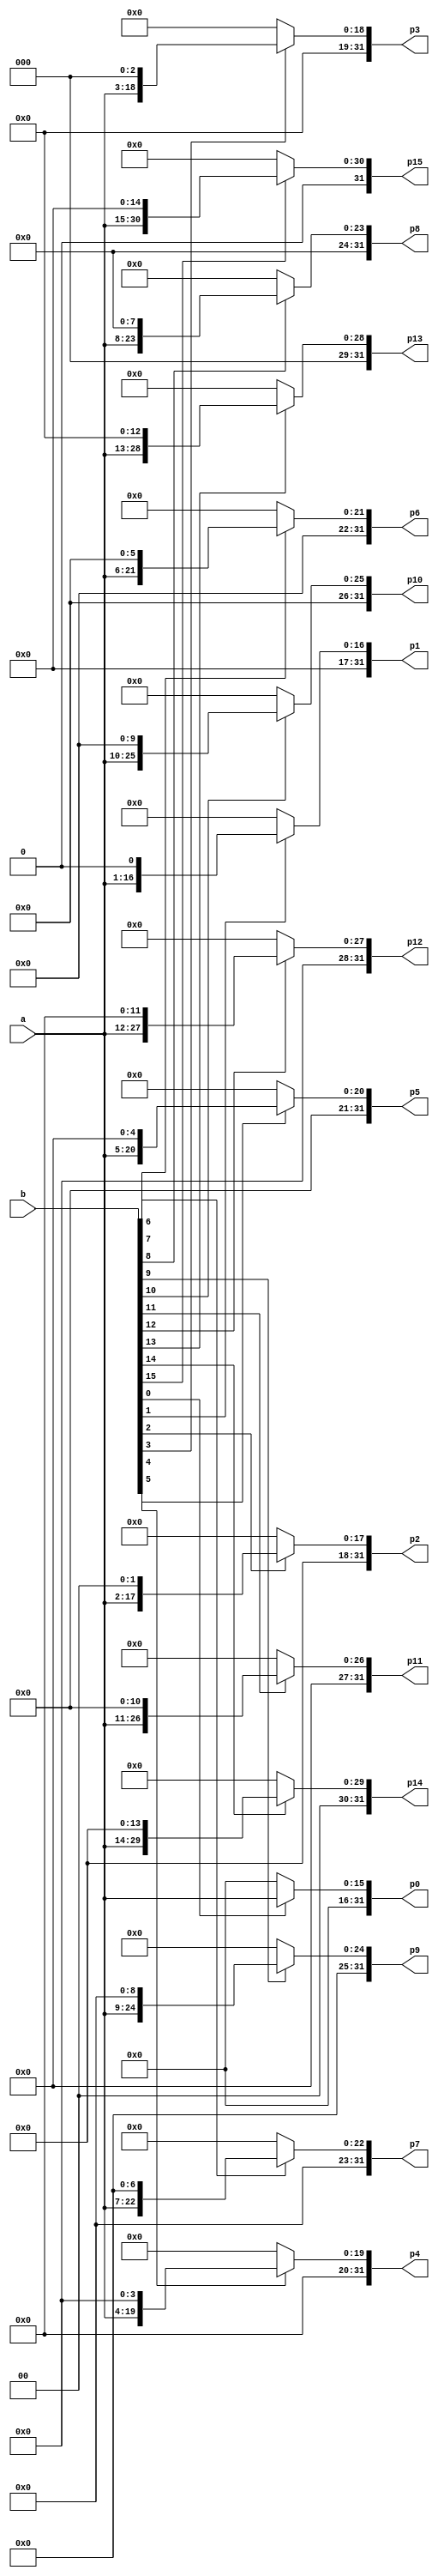
module partial_products(input  [15:0]a,input  [15:0]b,output reg [31:0]p0,p1,p2,p3,p4,p5,p6,p7,p8,p9,p10,p11,p12,p13,p14,p15);
always @(a or b)
	begin
		p0<=b[0]?a:32'b0;
		p1<=b[1]?(a<<1):32'b0;
		p2<=b[2]?(a<<2):32'b0;
		p3<=b[3]?(a<<3):32'b0;
		p4<=b[4]?(a<<4):32'b0;
		p5<=b[5]?(a<<5):32'b0;
		p6<=b[6]?(a<<6):32'b0;
		p7<=b[7]?(a<<7):32'b0;
		p8<=b[8]?(a<<8):32'b0;
		p9<=b[9]?(a<<9):32'b0;
		p10<=b[10]?(a<<10):32'b0;
		p11<=b[11]?(a<<11):32'b0;
		p12<=b[12]?(a<<12):32'b0;
		p13<=b[13]?(a<<13):32'b0;
		p14<=b[14]?(a<<14):32'b0;
		p15<=b[15]?(a<<15):32'b0;
	end
endmodule